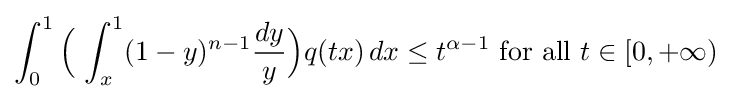
\int _{0}^{1}{\Bigl (}\,\int _{x}^{1}(1-y)^{n-1}{\frac {dy}{y}}{\Bigr )}q(tx)\,dx\leq t^{\alpha -1}{\text{ for all }}t\in [0,+\infty )